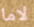
لاما